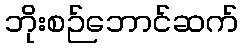
ဘိုးစဉ်ဘောင်ဆက်